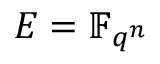
E = \mathbb { F } _ { q ^ { n } }